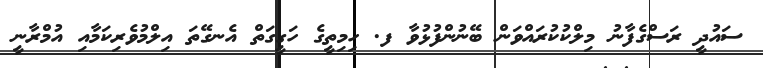
ސައުދީ ރަސްގެފާނު މިލްކުކުރައްވަން ބޭނުންފުޅުވާ ފ. ހިމިތީގެ ހަގީގަތް އެނގޭތަ އިލްމުވެރިކަމާއި އުމްރާނީ